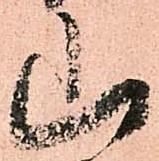
山